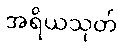
အရိယသုတ်